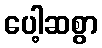
ပေါ့ဆစွာ